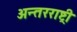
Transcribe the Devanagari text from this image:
अन्तरराष्ट्री